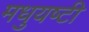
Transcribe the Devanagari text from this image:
मधुयष्‍टी